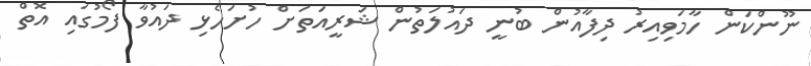
ނޫންކަން ހާމަވިއިރު ދިފާއުން ބުނީ ދައުލަތުން ޝަރީއަތަށް ހުށަހެޅި ދައުވާ ފޯމުގައި އޮތް